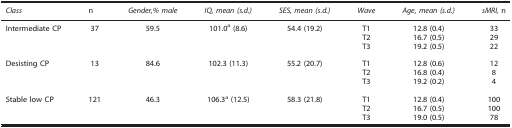
<table><thead><tr><td><b><i>Class</i></b></td><td><b>n</b></td><td><b><i>Gender,% male</i></b></td><td><b><i>IQ, mean (s.d.)</i></b></td><td><b><i>SES, mean (s.d.)</i></b></td><td><b><i>Wave</i></b></td><td><b><i>Age, mean (s.d.)</i></b></td><td><b><i>sMRI,</i> n</b></td></tr></thead><tbody><tr><td>Intermediate CP</td><td>37</td><td>59.5</td><td>101.0a (8.6)</td><td>54.4 (19.2)</td><td>T1</td><td>12.8 (0.4)</td><td>33</td></tr><tr><td> </td><td> </td><td> </td><td> </td><td> </td><td>T2</td><td>16.7 (0.5)</td><td>29</td></tr><tr><td> </td><td> </td><td> </td><td> </td><td> </td><td>T3</td><td>19.2 (0.5)</td><td>22</td></tr><tr><td> </td><td> </td><td> </td><td> </td><td> </td><td> </td><td> </td><td> </td></tr><tr><td>Desisting CP</td><td>13</td><td>84.6</td><td>102.3 (11.3)</td><td>55.2 (20.7)</td><td>T1</td><td>12.8 (0.6)</td><td>12</td></tr><tr><td> </td><td> </td><td> </td><td> </td><td> </td><td>T2</td><td>16.8 (0.4)</td><td>8</td></tr><tr><td> </td><td> </td><td> </td><td> </td><td> </td><td>T3</td><td>19.2 (0.2)</td><td>4</td></tr><tr><td> </td><td> </td><td> </td><td> </td><td> </td><td> </td><td> </td><td> </td></tr><tr><td>Stable low CP</td><td>121</td><td>46.3</td><td>106.3a (12.5)</td><td>58.3 (21.8)</td><td>T1</td><td>12.8 (0.4)</td><td>100</td></tr><tr><td> </td><td> </td><td> </td><td> </td><td> </td><td>T2</td><td>16.7 (0.5)</td><td>100</td></tr><tr><td> </td><td> </td><td> </td><td> </td><td> </td><td>T3</td><td>19.0 (0.5)</td><td>78</td></tr></tbody></table>